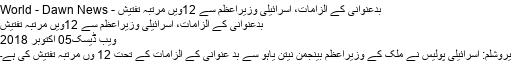
بدعنوانی کے الزامات، اسرائیلی وزیراعظم سے 12ویں مرتبہ تفتیش - World - Dawn News
بدعنوانی کے الزامات، اسرائیلی وزیراعظم سے 12ویں مرتبہ تفتیش
ویب ڈیسک05 اکتوبر 2018
یروشلم: اسرائیلی پولیس نے ملک کے وزیراعظم بینجمن نیتن یاہو سے بد عنوانی کے الزامات کے تحت 12 وں مرتبہ تفتیش کی ہے۔